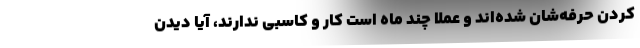
کردن حرفه‌شان شده‌اند و عملا چند ماه است کار و کاسبی ندارند، آیا دیدن